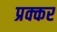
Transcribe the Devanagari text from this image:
प्रक्कर